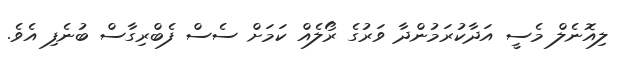
ލިއޮނެލް މެސީ އަދާކުރަމުންދާ ވަރުގެ ރޯލެއް ކަމަށް ސެސް ފެބްރިގާސް ބުނެފި އެވެ.